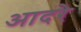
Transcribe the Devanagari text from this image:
आदरे